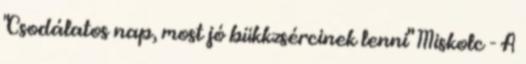
"Csodálatos nap, most jó bükkzsércinek lenni" Miskolc - A